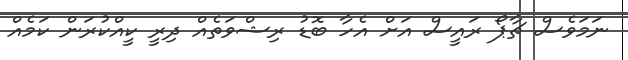
ނަމަވެސް ޗާޕޯ ރައީސް އަށް އެހާ ބޮޑު ރިޝްވަތެއް ދިރީ ކީއްކުރަން ކަމެއް